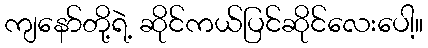
ကျနော်တို့ရဲ့ ဆိုင်ကယ်ပြင်ဆိုင်လေးပေါ့။